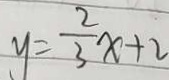
y = \frac { 2 } { 3 } x + 2